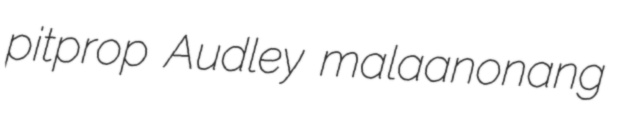
pitprop Audley malaanonang